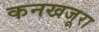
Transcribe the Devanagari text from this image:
कनखजूरा